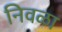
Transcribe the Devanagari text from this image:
निवळा